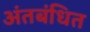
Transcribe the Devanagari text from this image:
अंतबंधित